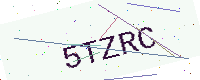
Text: 5TZRC